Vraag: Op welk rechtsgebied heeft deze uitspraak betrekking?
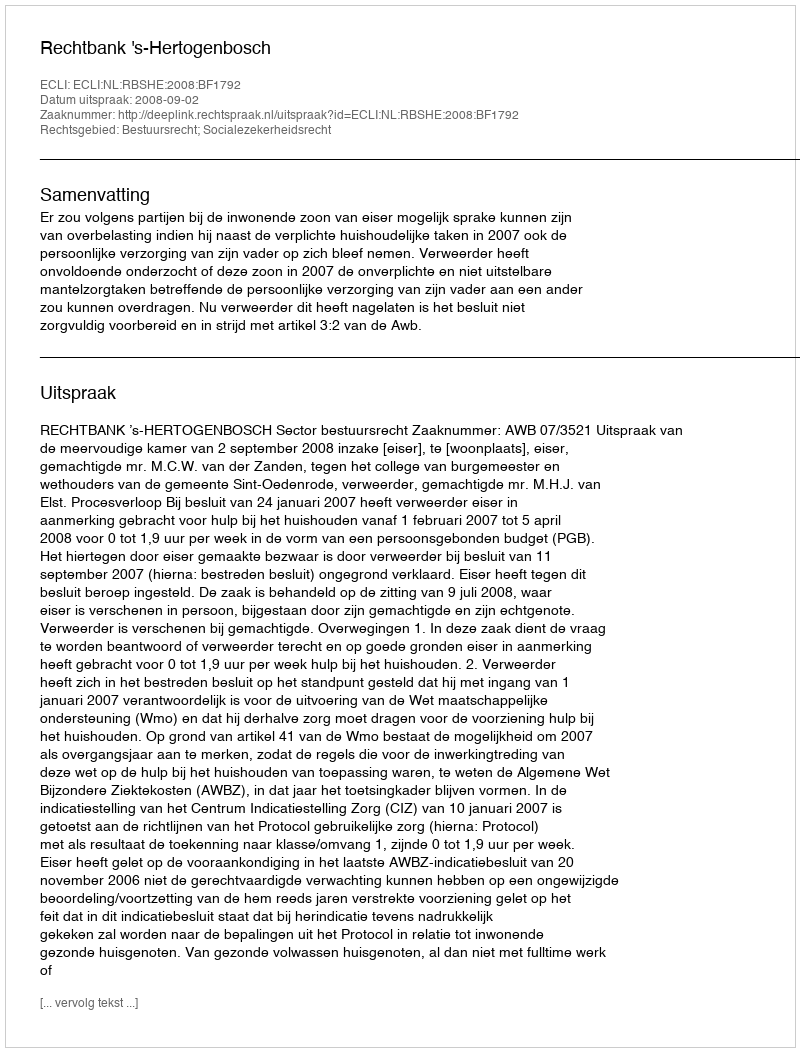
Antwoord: Bestuursrecht; Socialezekerheidsrecht